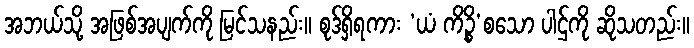
အဘယ်သို့ အဖြစ်အပျက်ကို မြင်သနည်း။ စုဒ်ရှိရကား ‘ယံ ကိဉ္စိ’စသော ပါဌ်ကို ဆိုသတည်း။